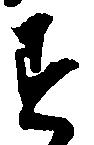
す